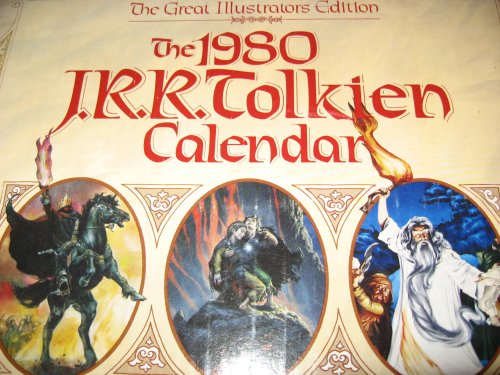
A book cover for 1980 J.R.R. Tolkien Lord of the Rings Calendar -Great Illustrators Edition w/ Mailer Box; J.R.R. Tolkien; Calendars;